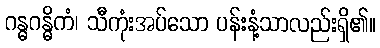
ဂန္ဓဂန္ဓိကံ၊ သီကုံးအပ်သော ပန်းနံ့သာလည်းရှိ၏။